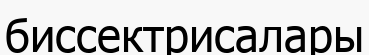
биссектрисалары